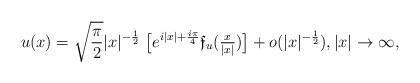
LaTeX: \begin{align*} u(x)= \sqrt{\frac{\pi}2}|x|^{-\frac12}\ \bigl[e^{i|x|+\frac{i\pi}{4}} \mathfrak{f}_u({\textstyle\frac{x}{|x|}})\bigr]+o(|x|^{-\frac12}),|x|\to\infty, \end{align*}